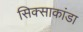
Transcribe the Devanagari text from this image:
सिक्साकांडा